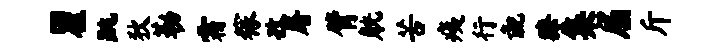
瞿跳狄勒霜稼孜屠臂觥苦痍行彘獠集屈斤